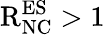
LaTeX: \mathrm{R}_{\mathrm{NC}}^{\mathrm{ES}}>1